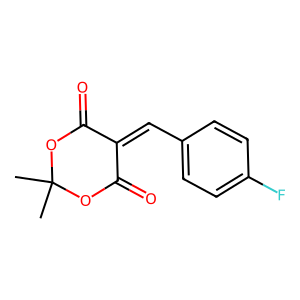
SMILES: CC1(C)OC(=O)C(=Cc2ccc(F)cc2)C(=O)O1
Inhibits HIV replication: No